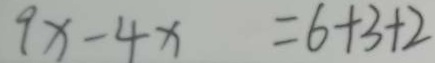
9 x - 4 x = 6 + 3 + 2